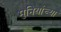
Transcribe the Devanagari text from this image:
मुनियांच्या